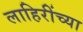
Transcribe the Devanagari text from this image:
लाहिरींच्या